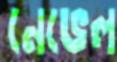
নেভেল